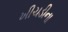
ખીચડીના